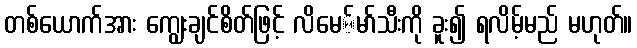
တစ်ယောက်အား ကျွေးချင်စိတ်ဖြင့် လိမေ်မာ်သီးကို ခူး၍ ရလိမ့်မည် မဟုတ်။